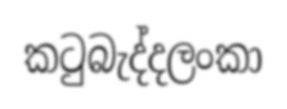
කටුබැද්දලංකා